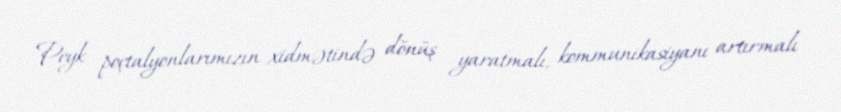
Peyk poçtalyonlarımızın xidmətində dönüş yaratmalı, kommunikasiyanı artırmalı